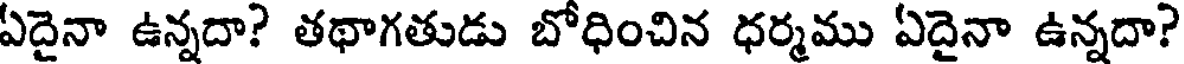
ఏదైనా ఉన్నదా? తథాగతుడు బోధించిన ధర్మము ఏదైనా ఉన్నదా?